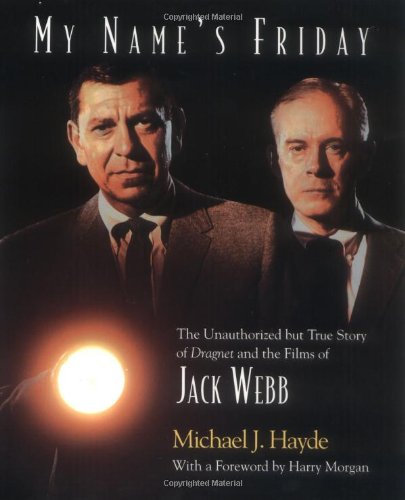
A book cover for My Name's Friday: The Unauthorized But True Story of Dragnet and the Films of Jack Webb; Michael J Hayde; Humor & Entertainment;